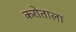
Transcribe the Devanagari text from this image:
करोताला